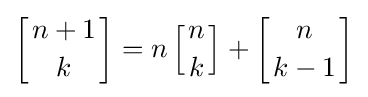
\left[{n+1 \atop k}\right]=n\left[{n \atop k}\right]+\left[{n \atop k-1}\right]